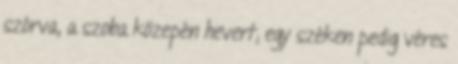
szórva, a szoba közepén hevert; egy széken pedig véres